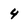
Character: 4